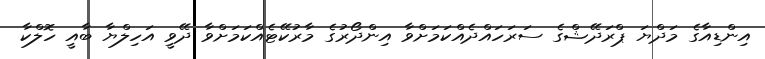
އިންޑިއާގެ މަދްޔަ ޕްރަދޭޝްގެ ސަރަހައްދެއްކަމަށްވާ އިންދޯރުގެ މާރުކޭޓެއްކަމަށްވާ ދޭވީ އަހިލްޔާ ބާއީ ހޮލްކާ